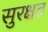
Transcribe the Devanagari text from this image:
सुरक्षत